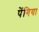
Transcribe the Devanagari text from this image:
पेंगिया